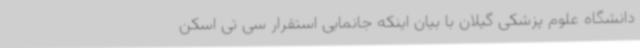
دانشگاه علوم پزشکی گیلان با بیان اینکه جانمایی استقرار سی تی اسکن